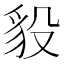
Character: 䝘